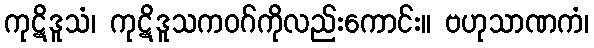
ကုဋိဒူသံ၊ ကုဋိဒူသကဝဂ်ကိုလည်းကောင်း။ ဗဟုသာဏကံ၊